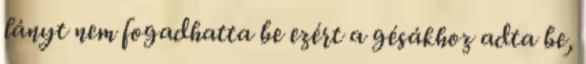
lányt nem fogadhatta be ezért a gésákhoz adta be,